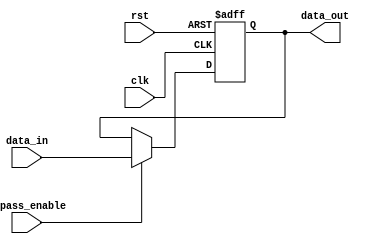
module cascade_bypass_register(
    input wire clk,
    input wire rst,
    input wire bypass_enable,
    input wire [DATA_WIDTH-1:0] data_in,
    output reg [DATA_WIDTH-1:0] data_out
);

parameter DATA_WIDTH = 8;

reg [DATA_WIDTH-1:0] register;

always @(posedge clk or posedge rst) begin
    if (rst) begin
        register <= 0;
    end else begin
        if (bypass_enable) begin
            register <= data_in;
        end
    end
end

assign data_out = register;

endmodule